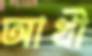
আখী